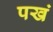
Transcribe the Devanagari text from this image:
पखं